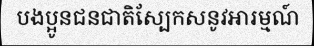
បងប្អូនជនជាតិស្បែកសនូវអារម្មណ៍